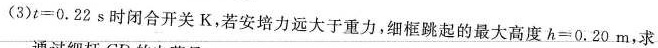
(3)t=0.22s时闭合开关K，若安培力远大于重力，细框跳起的最大高度h=0.20m，求